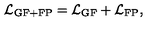
{ \cal L } _ { \mathrm { G F + F P } } = { \cal L } _ { \mathrm { G F } } + { \cal L } _ { \mathrm { F P } } ,